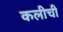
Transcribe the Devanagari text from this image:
कलीची